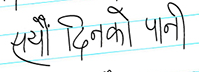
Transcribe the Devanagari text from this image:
सयौं दिनको पानी